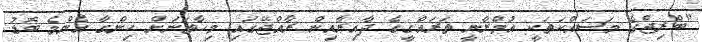
"ބްރިޖްގެ މަސައްކަތަކީ އުމްރާނީ ތަރައްގީގެ ދާއިރާއިން ރާއްޖޭގައި މިހާތަނަށް ހިންގާ އެންމެ ބޮޑު